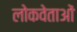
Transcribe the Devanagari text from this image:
लोकवेताओं